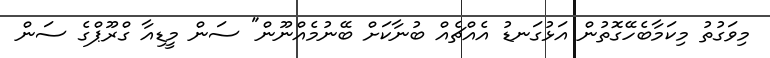
މިވަގުތު މިކަމާބެހޭގޮތުން އަޅުގަނޑު އެއްޗެއް ބުނާކަށް ބޭނުމެއްނޫން" ސަން މީޑިއާ ގްރޫޕްގެ ސަން